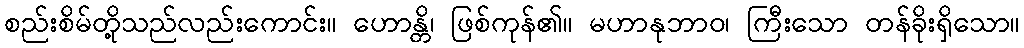
စည်းစိမ်တို့သည်လည်းကောင်း။ ဟောန္တိ၊ ဖြစ်ကုန်၏။ မဟာနုဘာဝ၊ ကြီးသော တန်ခိုးရှိသော။